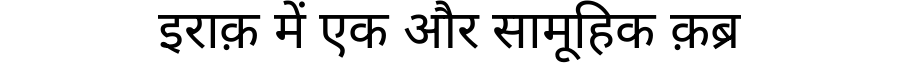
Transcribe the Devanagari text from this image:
इराक़ में एक और सामूहिक क़ब्र